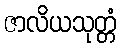
ဇာလိယသုတ္တံ